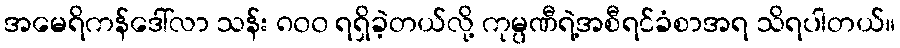
အမေရိကန်ဒေါ်လာ သန်း ၈၀၀ ရရှိခဲ့တယ်လို့ ကုမ္ပဏီရဲ့အစီရင်ခံစာအရ သိရပါတယ်။